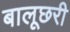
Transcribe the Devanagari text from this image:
बालूछरी